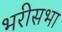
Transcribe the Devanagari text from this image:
भरीसभा